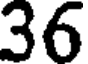
36